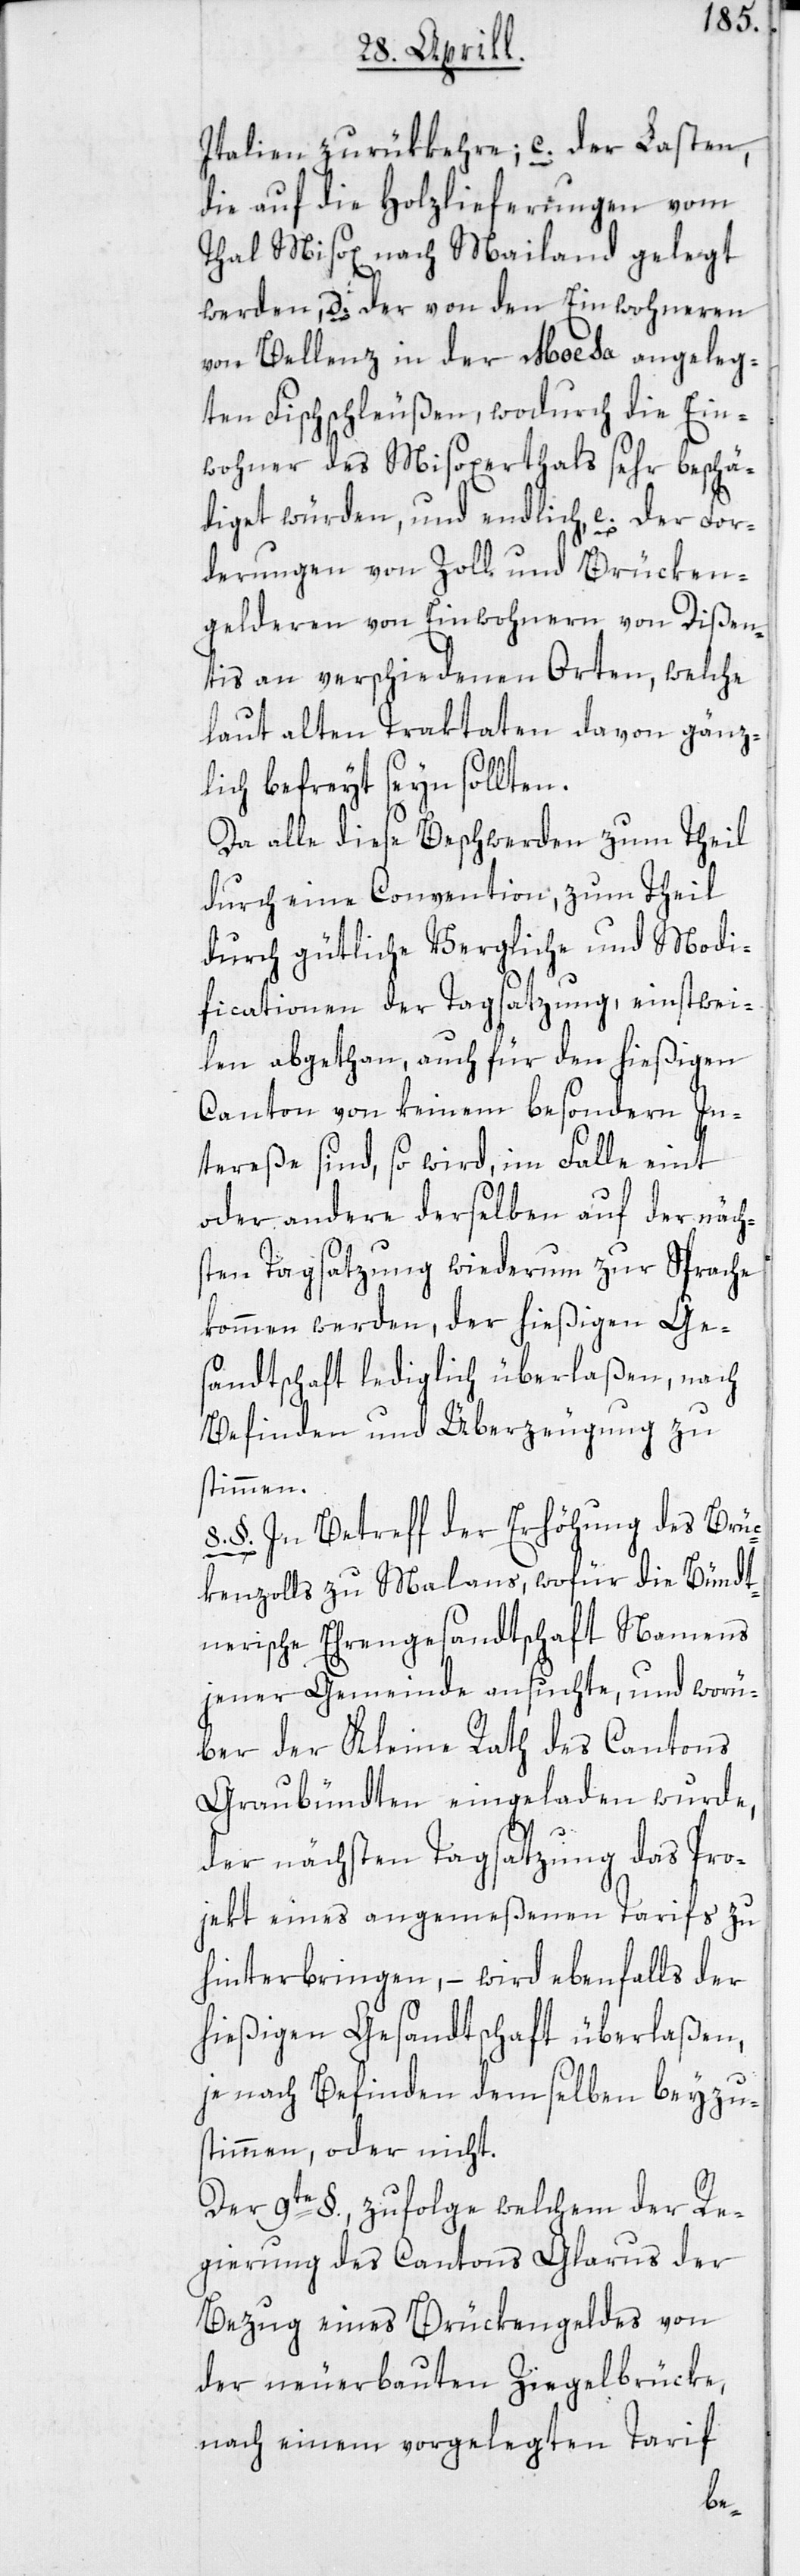
Italien zurükkehre; c. der Lasten,
die auf die Holzlieferungen vom
Thal Misox nach Mailand gelegt
werden; d. der von den Einwohneren
von Bellenz in der Moesa angeleg¬
ten Fischschleußen, wodurch die Ein¬
wohner des Misoxertals sehr beschä¬
diget würden; und endlich, e. der For¬
derungen von Zoll und Brücken¬
gelderen von Einwohnern von Dißen¬
tis an verschiedenen Orten, welche
laut alten Traktaten davon gänz¬
lich befreyt seyn sollten.
Da alle diese Beschwerden zum Theil
durch eine Convention, zum Theil
durch gütliche Vergliche und Modi¬
ficationen der Tagsatzung, einstwei¬
len abgethan, auch für den hießigen
Canton von keinem besondern In¬
tereße sind, so wird, im Falle eint
oder andere derselben auf der näch¬
sten Tagsatzung wiederum zur Sprache
kommen werden, der hießigen Ges¬
andtschaft lediglich überlaßen, nach
Befinden und Überzeugung zu
stimmen.
8. §. In Betreff der Erhöhung des Brüc¬
kenzolls zu Malans, wofür die Bündt¬
nerische Ehrengesandtschaft Namens
jener Gemeinde ansuchte, und worü¬
ber der Kleine Rath des Cantons
Graubündten eingeladen wurde,
der nächsten Tagsatzung das Pro¬
jekt eines angemeßenen Tarifs zu
hinterbringen, – wird ebenfalls der
hießigen Gesandtschaft überlaßen,
je nach Befinden demselben beyzu¬
stimmen oder nicht.
Der 9te §., zufolge welchem der Re¬
gierung des Cantons Glarus der
Bezug eines Brückengeldes von
der neuerbauten Ziegelbrücke,
nach einem vorgelegten Tarif